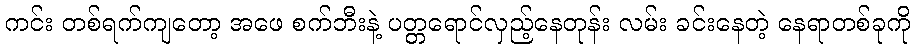
ကင်း တစ်ရက်ကျတော့ အဖေ စက်ဘီးနဲ့ ပတ္တရောင်လှည့်နေတုန်း လမ်း ခင်းနေတဲ့ နေရာတစ်ခုကို